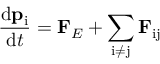
{ \frac { \mathrm { d } \mathbf { p } _ { \mathrm { i } } } { \mathrm { d } t } } = \mathbf { F } _ { E } + \sum _ { \mathrm { i } \neq \mathrm { j } } \mathbf { F } _ { \mathrm { i j } } \,